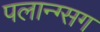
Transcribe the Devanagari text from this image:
पलान्ग्सग